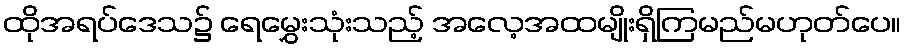
ထိုအရပ်ဒေသ၌ ရေမွှေးသုံးသည့် အလေ့အထမျိုးရှိကြမည်မဟုတ်ပေ။